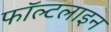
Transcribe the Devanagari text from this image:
फॉल्टलाइन